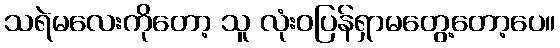
သရဲမလေးကိုတော့ သူ လုံးဝပြန်ရှာမတွေ့တော့ပေ။